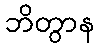
ဘိတွာန